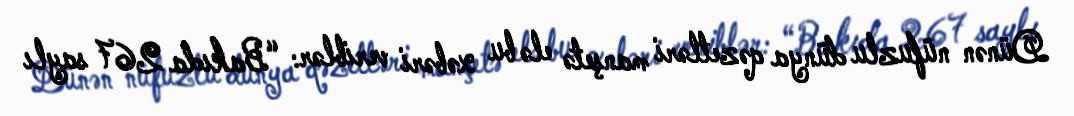
Dünən nüfuzlu dünya qəzetləri manşetə elə bu xəbəri veriblər: “Bakıda 267 saylı